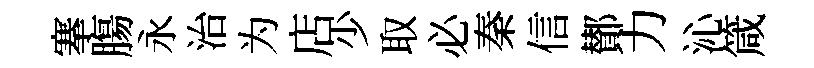
搴膓永治为店少取必秦信鄼力沁箴